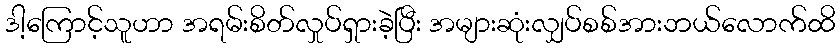
ဒါ့ကြောင့်သူဟာ အရမ်းစိတ်လှုပ်ရှားခဲ့ပြီး အများဆုံးလျှပ်စစ်အားဘယ်လောက်ထိ